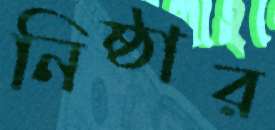
নিষ্ঠার